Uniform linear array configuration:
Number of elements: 48
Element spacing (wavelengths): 0.75
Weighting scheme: blackman
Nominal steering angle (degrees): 45
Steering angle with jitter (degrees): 43.868
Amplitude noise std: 0.05
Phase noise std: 0.05

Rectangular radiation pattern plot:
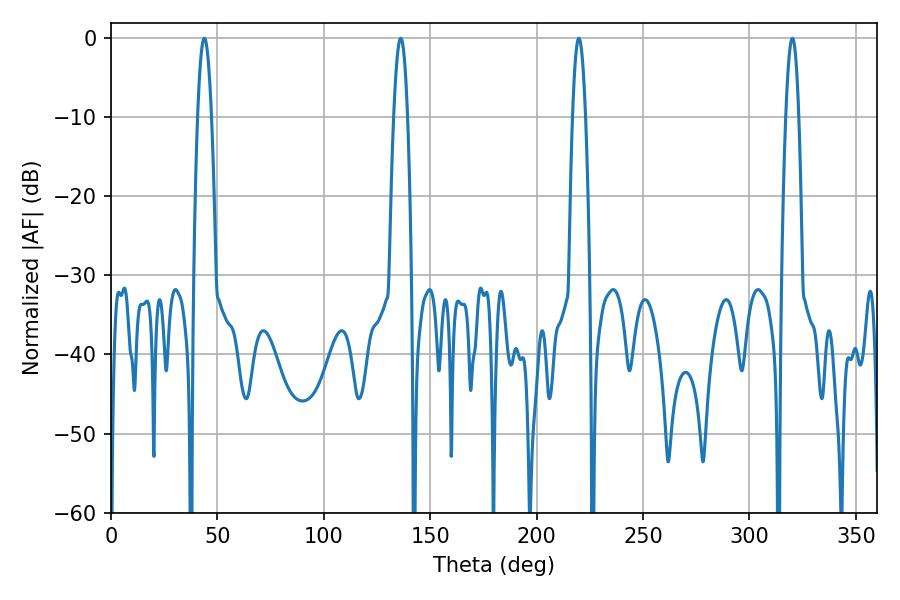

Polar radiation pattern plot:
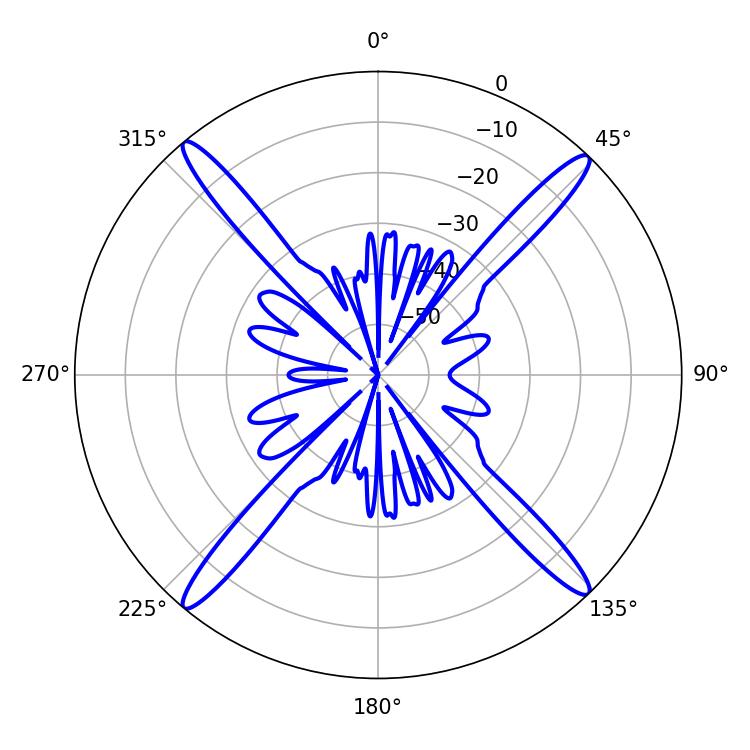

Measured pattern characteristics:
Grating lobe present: TRUE
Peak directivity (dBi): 22.093
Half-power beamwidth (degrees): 3.42
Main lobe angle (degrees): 219.78